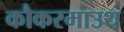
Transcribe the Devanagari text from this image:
कौकरमाउथ